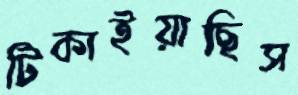
টিকাইয়াছিস